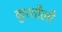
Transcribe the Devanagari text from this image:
कुरतौली